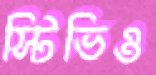
স্টিভিও